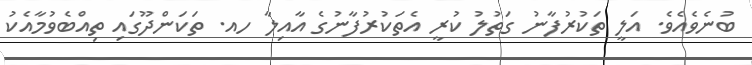
ބުނެވެއެވެ. އަލީ ތަކުރުފާނު ގަތުލު ކުރީ އެތަކުރުފާނުގެ އާއިލާ ހއ. ތަކަންދޫގައި ތިއްބެވުމާއެކު